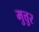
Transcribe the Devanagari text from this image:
मुत्तुर